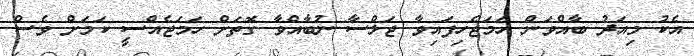
އެކު މިއަދު ބާއްވަން ހަމަޖެހިފައިވާ ޖަލްސާ ނުބާއްވާ ގޮތަށް ހަމަޖެއްސީ ކަމަށް ވެސް